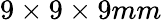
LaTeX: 9\times 9\times 9mm